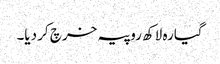
گیارہ لاکھ روپیہ خرچ کر دیا۔